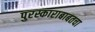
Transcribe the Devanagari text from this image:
पुरस्काराबाबतचा